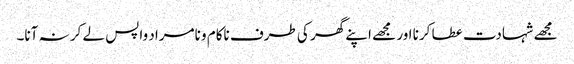
مجھے شہادت عطا کرنا اور مجھے اپنے گھر کی طرف ناکام و نامراد واپس لے کر نہ آنا۔